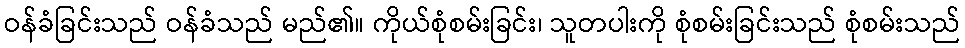
ဝန်ခံခြင်းသည် ဝန်ခံသည် မည်၏။ ကိုယ်စုံစမ်းခြင်း၊ သူတပါးကို စုံစမ်းခြင်းသည် စုံစမ်းသည်